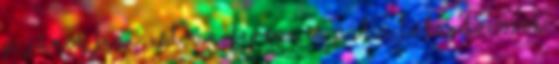
P. János fiai: István, Ferenc és Pál a tulajdonosok.